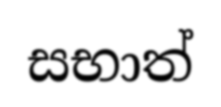
සභාත්